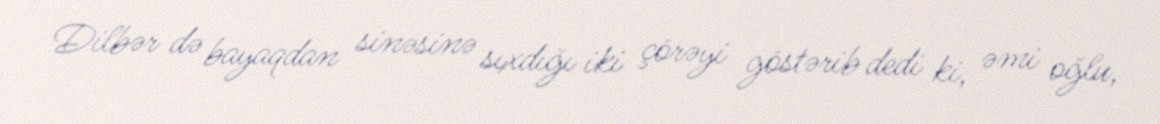
Dilbər də bayaqdan sinəsinə sıxdığı iki çörəyi göstərib dedi ki, əmi oğlu,